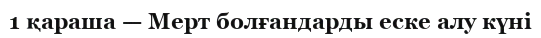
1 қараша — Мерт болғандарды еске алу күні